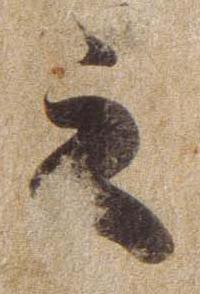
之